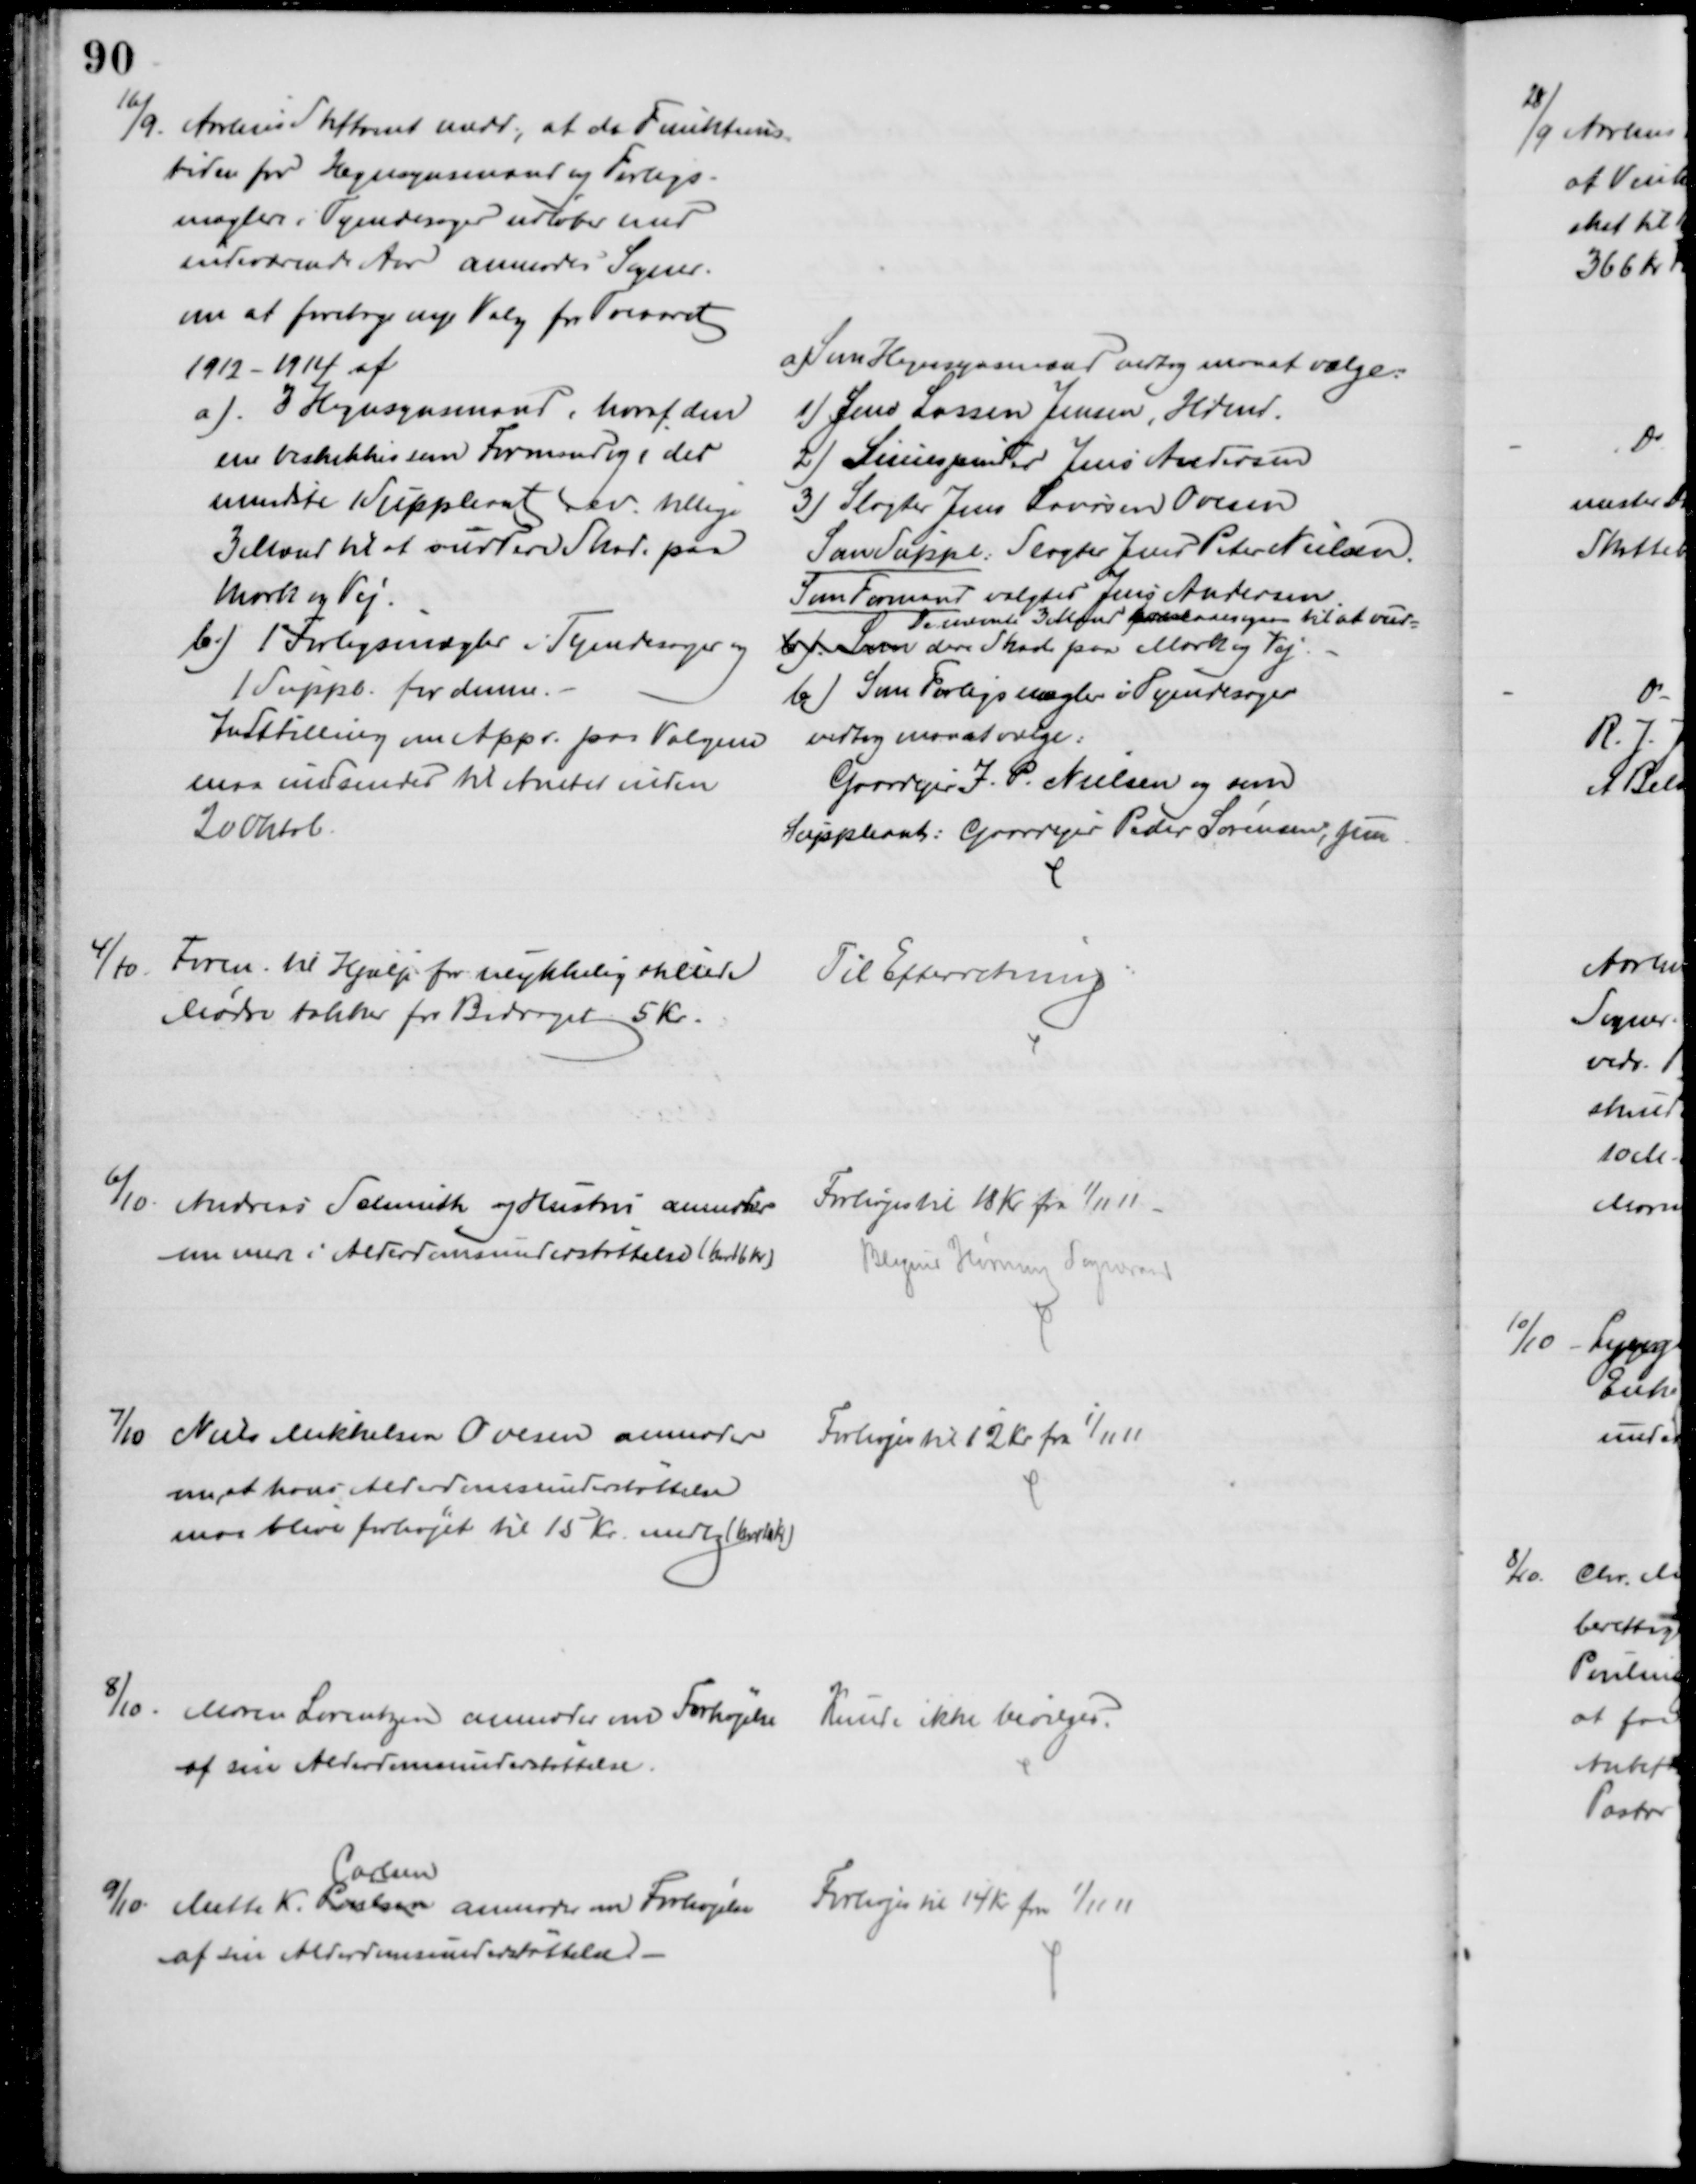
Transskription:
16/9. Aarhus Stiftamt medd, at da Funktions-
tiden for Hegnsynsmænd og Forligs-
mæglere i Tyendesager udløber med
indeværende Aar anmodes Sogner.
om at foretage nye Valg for Treaaret
1912 - 1914 af
a) 3 Hegnsynsmænd, hvoraf den
ene beskikkes som Formand og i det
mindste 1 Suppleant, ev. tillige
3 Mænd til at vurdere Skade paa
Mark og Vej.
b.) 1 Forligsmægler i Tyendesager og
1 Suppl. for denne. 
Indstilling om Appr. paa Valgene
maa indsendes til Amtet inden
20 Oktob.
a) Som Hegnsynsmænd vedtog man at vælge:
1) Jens Lassen Jensen, Hdmd.
2) Simespinder Jens Andersen
3) Slagter Jens Laursen Ovesen
Som Suppl. Slagter Jens Peter Nielsen.
Som Formand valgtes Jens Andersen
b). Som 
De nævnte 3 for Mænd  til at vur=
dere Skade paa Mark og Vej
b) Som Forligsmægler i Tyendesager
vedtog man at vælge:
Gaardejer J. P. Nielsen og som
Suppleant: Gaardejer Peder Sørensen, jun
4/10
Foren. til Hjælp for ulykkelig stillede
Mødre takker for Bidraget 5 Kr.
Til Efterretning
6/10. Andreas Schmith og Hustru anmoder 
om mere i Alderdomsunderstøttelse (har 16 Kr)
Forhøjes til 18 Kr fra 1/11 11
Blegind Hørning Sogneraad
7/10 Niels Mikkelsen Ovesen anmoder
om, at hans Alderdomsunderstøttelse
maa blive forhøjet til 15 Kr. mdlg (har 10 Kr)
Forhøjes til 12 kr. fra 1/11 11
8/10. Maren Lorentzen anmoder om Forhøjelse 
af sin Alderdomsunderstøttelse.
Kunde ikke bevilges.
9/10 Mette K. Poulsen 
Carlsen
anmoder om Forhøjelse 
af sin Alderdomsunderstøttelse 
Forhøjes til 14 Kr fra 1/11 11